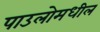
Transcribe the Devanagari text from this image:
पाउलोमधील